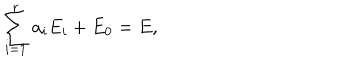
LaTeX: \sum _ { i = 1 } ^ { r } a _ { i } E _ { i } + E _ { 0 } = E ,